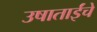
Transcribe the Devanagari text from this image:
उषाताईंचे